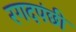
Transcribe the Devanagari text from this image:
रगदपंछी